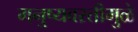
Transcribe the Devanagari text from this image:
मनुष्यवस्तीमुळे